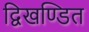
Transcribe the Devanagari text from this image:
द्विखण्डित